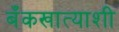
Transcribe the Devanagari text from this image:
बँकखात्याशी